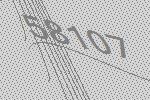
58107